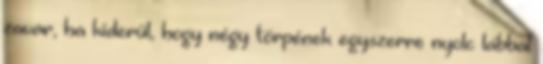
zavar, ha kiderül, hogy négy törpének egyszerre nyolc lábbal